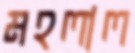
মহলাল